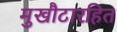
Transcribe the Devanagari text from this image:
मुखौटारहित